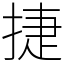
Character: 捷